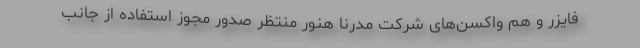
فایزر و هم واکسن‌های شرکت مدرنا هنور منتظر صدور مجوز استفاده از جانب